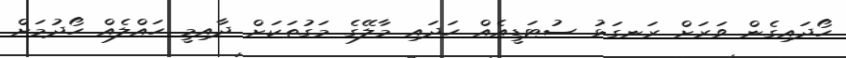
ހޯދައިގެން ވަރަށް ރަނގަޅު ސުޓަޑީއެއް ހަދައި މާލޭގެ މަގުތަކަށް ދާއިމީ ހައްލެއް ހޯދުމަށް